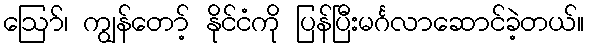
ဪ၊ ကျွန်တော့် နိုင်ငံကို ပြန်ပြီးမင်္ဂလာဆောင်ခဲ့တယ်။